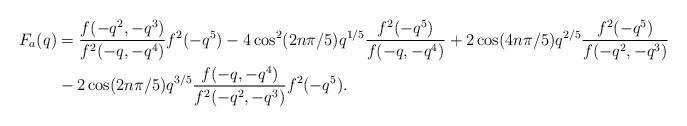
LaTeX: \begin{align*} F_a(q) &= \frac{f(-q^2,-q^3)}{f^2(-q,-q^4)}f^2(-q^5)-4\cos^2(2n\pi/5)q^{1/5}\frac{f^2(-q^5)}{f(-q,-q^4)}+2\cos(4n\pi/5)q^{2/5}\frac{f^2(-q^5)}{f(-q^2,-q^3)}\\ &-2\cos(2n\pi/5)q^{3/5}\frac{f(-q,-q^4)}{f^2(-q^2,-q^3)}f^2(-q^5). \end{align*}